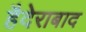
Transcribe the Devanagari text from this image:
हैदेराबाद